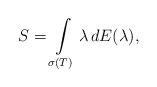
LaTeX: \begin{align*}S=\int\limits_{\sigma(T)} \lambda\,dE(\lambda),\end{align*}